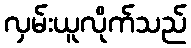
လှမ်းယူလိုက်သည်